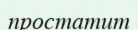
простатит